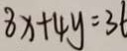
8 x + 4 y = 3 6